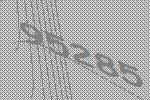
95285